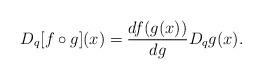
LaTeX: \begin{align*}D_{q}[f\circ g](x)=\frac{df(g(x))}{dg}D_{q}g(x).\end{align*}